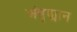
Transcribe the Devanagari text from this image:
अंबुड्मान